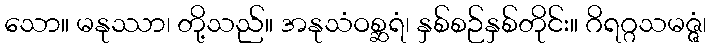
သော။ မနုဿာ၊ တို့သည်။ အနုသံဝစ္ဆရံ၊ နှစ်စဉ်နှစ်တိုင်း။ ဂိရဂ္ဂသမဇ္ဇံ၊